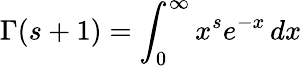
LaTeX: \Gamma(s+1)=\int_{0}^{\infty}x^{s}e^{-x}\, dx